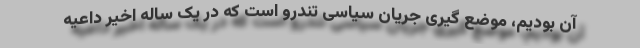
آن بودیم، موضع گیری جریان سیاسی تندرو است که در یک ساله اخیر داعیه